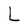
Character: L